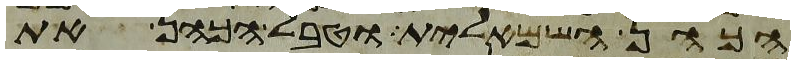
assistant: הכהן השמאלית וטבל הכהן את